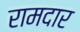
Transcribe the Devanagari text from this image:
रामदार